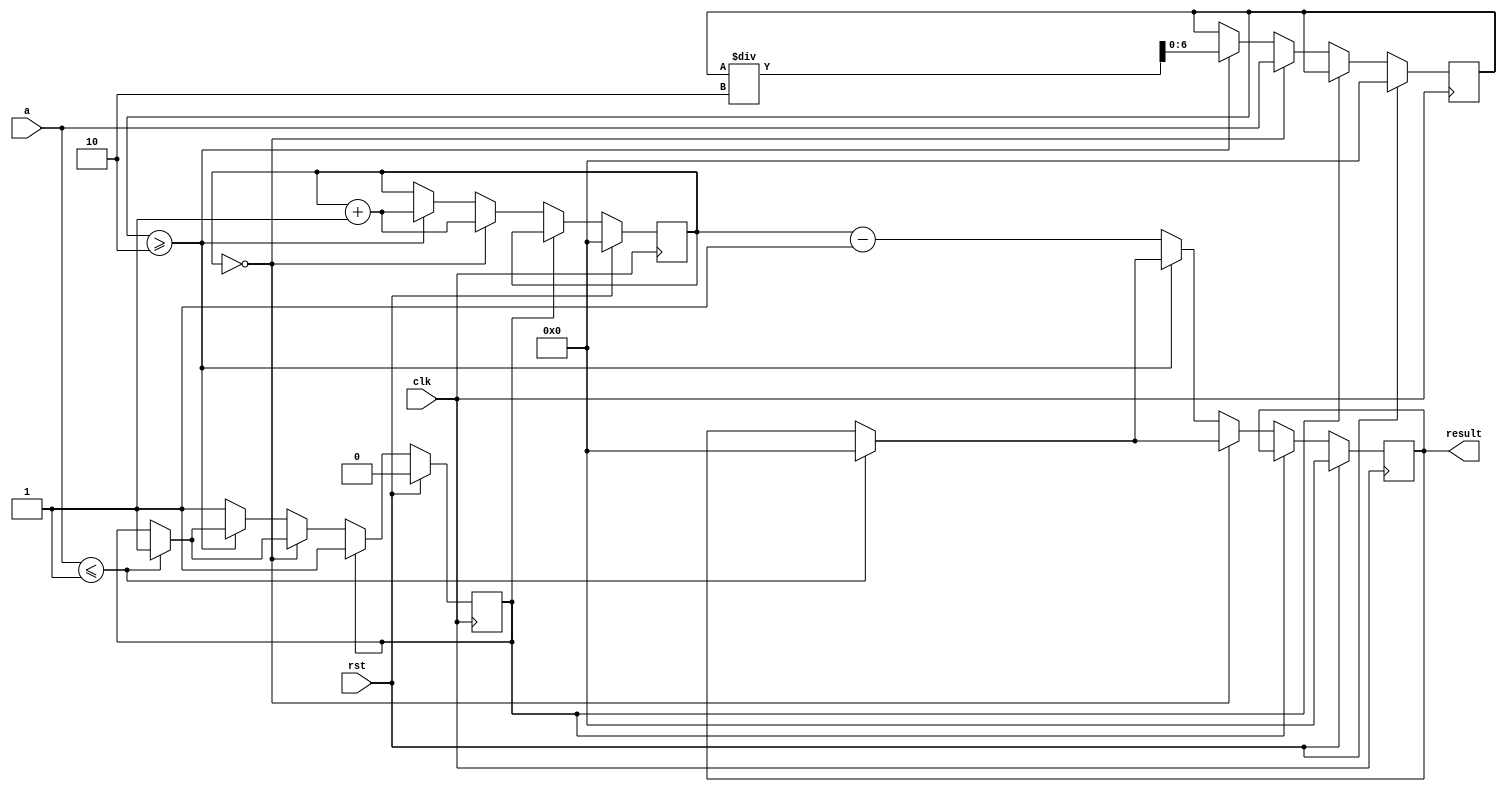
module log(input clk, rst, input[6:0] a, output reg[6:0] result);
	reg[6:0] buffer, count;
	reg finish;
	always @(posedge clk) begin
		if (rst) begin
			finish <= 0;
			result <= 0;
			buffer <= 0;
			count <= 0;
		end
		else if (finish == 0) begin
			if (a <= 1) begin
				result <= 0;
				finish <= 1;
			end
			if (count == 0) begin
				buffer <= a;
				count <= count + 1;
			end
			else if (buffer >= 2) begin
				buffer <= buffer / 2;
				count <= count + 1;
			end
			else begin
				result <= count - 1;
				finish <= 1;
			end
		end
	end
endmodule